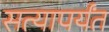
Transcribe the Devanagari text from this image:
सत्यापर्यंत